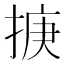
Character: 掶